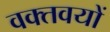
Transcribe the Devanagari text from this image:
वक्तवयों